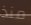
منذ